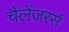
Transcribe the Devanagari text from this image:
चैलेंजरर्स